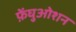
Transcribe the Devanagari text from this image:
फ़ेंघुओशन